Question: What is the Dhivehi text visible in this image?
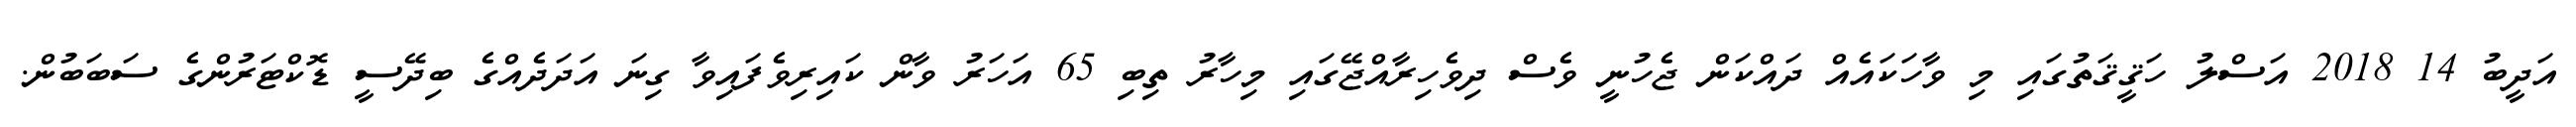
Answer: އަދީބު 14 2018 އަސްލު ހަޤީޤަތުގައި މި ވާހަކައެއް ދައްކަން ޖެހުނީ ވެސް ދިވެހިރާއްޖޭގައި މިހާރު ތިބި 65 އަހަރު ވާން ކައިރިވެފައިވާ ގިނަ އަދަދެއްގެ ބިދޭސީ ޑޮކްޓަރުންގެ ސަބަބުން.